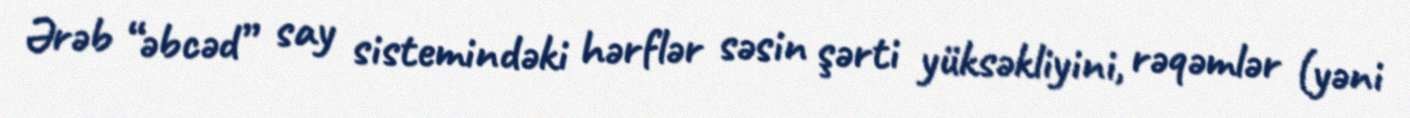
Ərəb “əbcəd” say sistemindəki hərflər səsin şərti yüksəkliyini, rəqəmlər (yəni